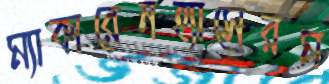
ম্যাকারেনহ্যাসেরম